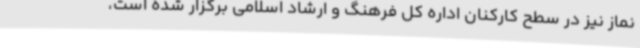
نماز نیز در سطح کارکنان اداره کل فرهنگ و ارشاد اسلامی برگزار شده است،